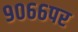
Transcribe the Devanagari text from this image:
९०६६पर